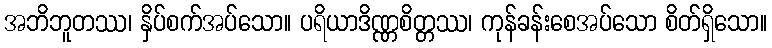
အဘိဘူတဿ၊ နှိပ်စက်အပ်သော။ ပရိယာဒိဏ္ဏစိတ္တဿ၊ ကုန်ခန်းစေအပ်သော စိတ်ရှိသော။